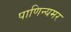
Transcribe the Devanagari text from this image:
पाणिन्यमर